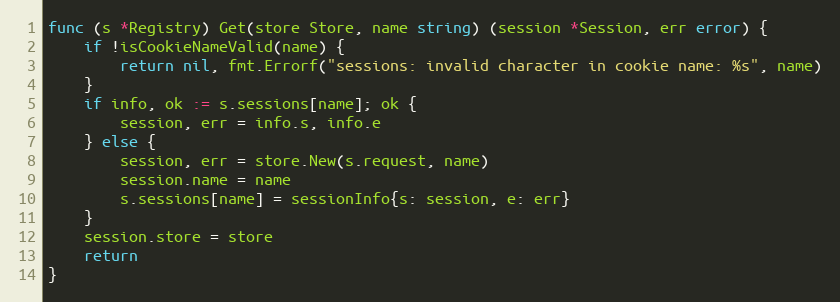
Language: Go
func (s *Registry) Get(store Store, name string) (session *Session, err error) {
	if !isCookieNameValid(name) {
		return nil, fmt.Errorf("sessions: invalid character in cookie name: %s", name)
	}
	if info, ok := s.sessions[name]; ok {
		session, err = info.s, info.e
	} else {
		session, err = store.New(s.request, name)
		session.name = name
		s.sessions[name] = sessionInfo{s: session, e: err}
	}
	session.store = store
	return
}